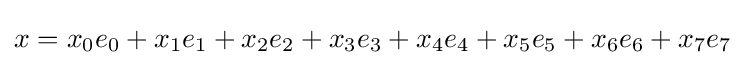
x=x_{0}e_{0}+x_{1}e_{1}+x_{2}e_{2}+x_{3}e_{3}+x_{4}e_{4}+x_{5}e_{5}+x_{6}e_{6}+x_{7}e_{7}\